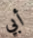
أبي